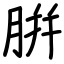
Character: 腁